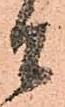
間